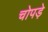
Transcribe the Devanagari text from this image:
चोपड़े